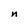
Character: n